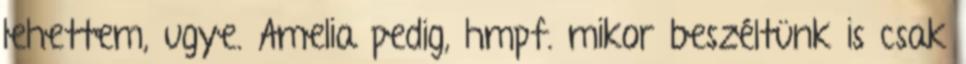
lehettem, ugye. Amelia pedig, hmpf. mikor beszéltünk is csak